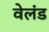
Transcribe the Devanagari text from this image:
वेलंड